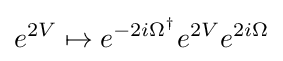
e^{2V}\mapsto e^{-2i\Omega ^{\dagger }}e^{2V}e^{2i\Omega }